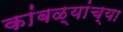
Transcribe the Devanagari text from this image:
कांबळ्यांच्या